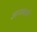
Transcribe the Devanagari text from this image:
आजसाठी